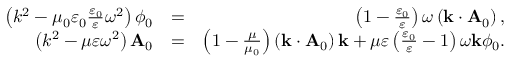
\begin{array} { r l r } { \left( k ^ { 2 } - \mu _ { 0 } \varepsilon _ { 0 } \frac { \varepsilon _ { 0 } } { \varepsilon } \omega ^ { 2 } \right) \phi _ { 0 } } & { = } & { \left( 1 - \frac { \varepsilon _ { 0 } } { \varepsilon } \right) \omega \left( \mathbf { k } \cdot \mathbf { A } _ { 0 } \right) , } \\ { \left( k ^ { 2 } - \mu \varepsilon \omega ^ { 2 } \right) \mathbf { A } _ { 0 } } & { = } & { \left( 1 - \frac { \mu } { \mu _ { 0 } } \right) \left( \mathbf { k } \cdot \mathbf { A } _ { 0 } \right) \mathbf { k } + \mu \varepsilon \left( \frac { \varepsilon _ { 0 } } { \varepsilon } - 1 \right) \omega \mathbf { k } \phi _ { 0 } . } \end{array}